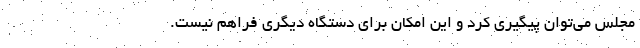
مجلس می‌توان پیگیری کرد و این امکان برای دستگاه دیگری فراهم نیست.